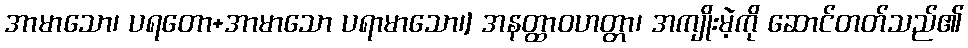
အာမာသော၊ ပရတော+အာမာသော ပရာမာသော၊] အနတ္ထာဝဟတ္တာ၊ အကျိုးမဲ့ကို ဆောင်တတ်သည်၏